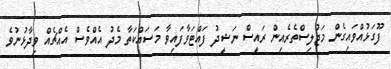
ފޫގަޅުއްވައިގެން މަޖުލިސްތެރެއިން ރައީސް ނަޝީދު ފައްޓަވާފައިވާ މަސައްކަތާ މެދު އެއްވެސް އެއްޗެއް ވިދާޅުނުވެ